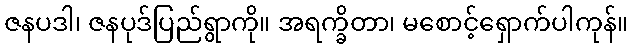
ဇနပဒါ၊ ဇနပုဒ်ပြည်ရွာကို။ အရက္ခိတာ၊ မစောင့်ရှောက်ပါကုန်။